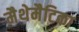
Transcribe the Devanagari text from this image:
मैथेमैटिका